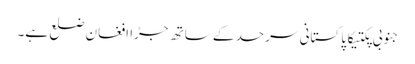
جنوبی پکتیکا پاکستانی سرحد کے ساتھ جڑا افغان ضلع ہے۔